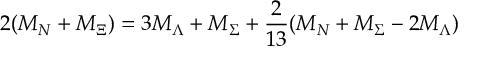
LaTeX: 2 ( M _ { N } + M _ { \Xi } ) = 3 M _ { \Lambda } + M _ { \Sigma } + \frac { 2 } { 1 3 } ( M _ { N } + M _ { \Sigma } - 2 M _ { \Lambda } )